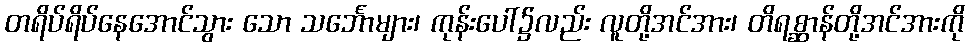
တရိပ်ရိပ်နေအောင်သွား သော သင်္ဘောများ၊ ကုန်းပေါ်၌လည်း လူတို့အင်အား၊ တိရစ္ဆာန်တို့အင်အားကို